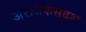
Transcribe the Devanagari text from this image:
अराजकसदृश